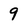
Character: 9